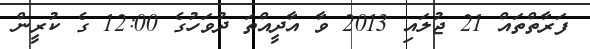
ފަރާތްތައް 21 ޖުލައި 2013 ވާ އާދީއްތަ ދުވަހުގެ 12:00 ގެ ކުރީން